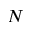
N